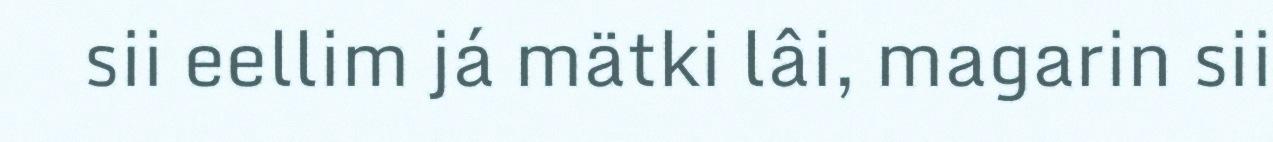
sii eellim já mätki lâi, magarin sii